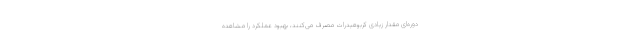
دوره‌ای مقدار زیادی کربوهیدرات مصرف می‌کنند، بهبود عملکرد را مشاهده